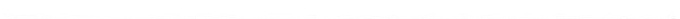
___